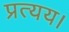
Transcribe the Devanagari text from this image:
प्रत्यय।